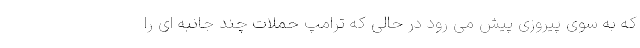
که به سوی پیروزی پیش می رود در حالی که ترامپ حملات چند جانبه ای را